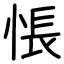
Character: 悵